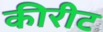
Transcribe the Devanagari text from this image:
कीरीट